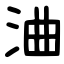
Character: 浀